Korraldusvalitsus, lk 107
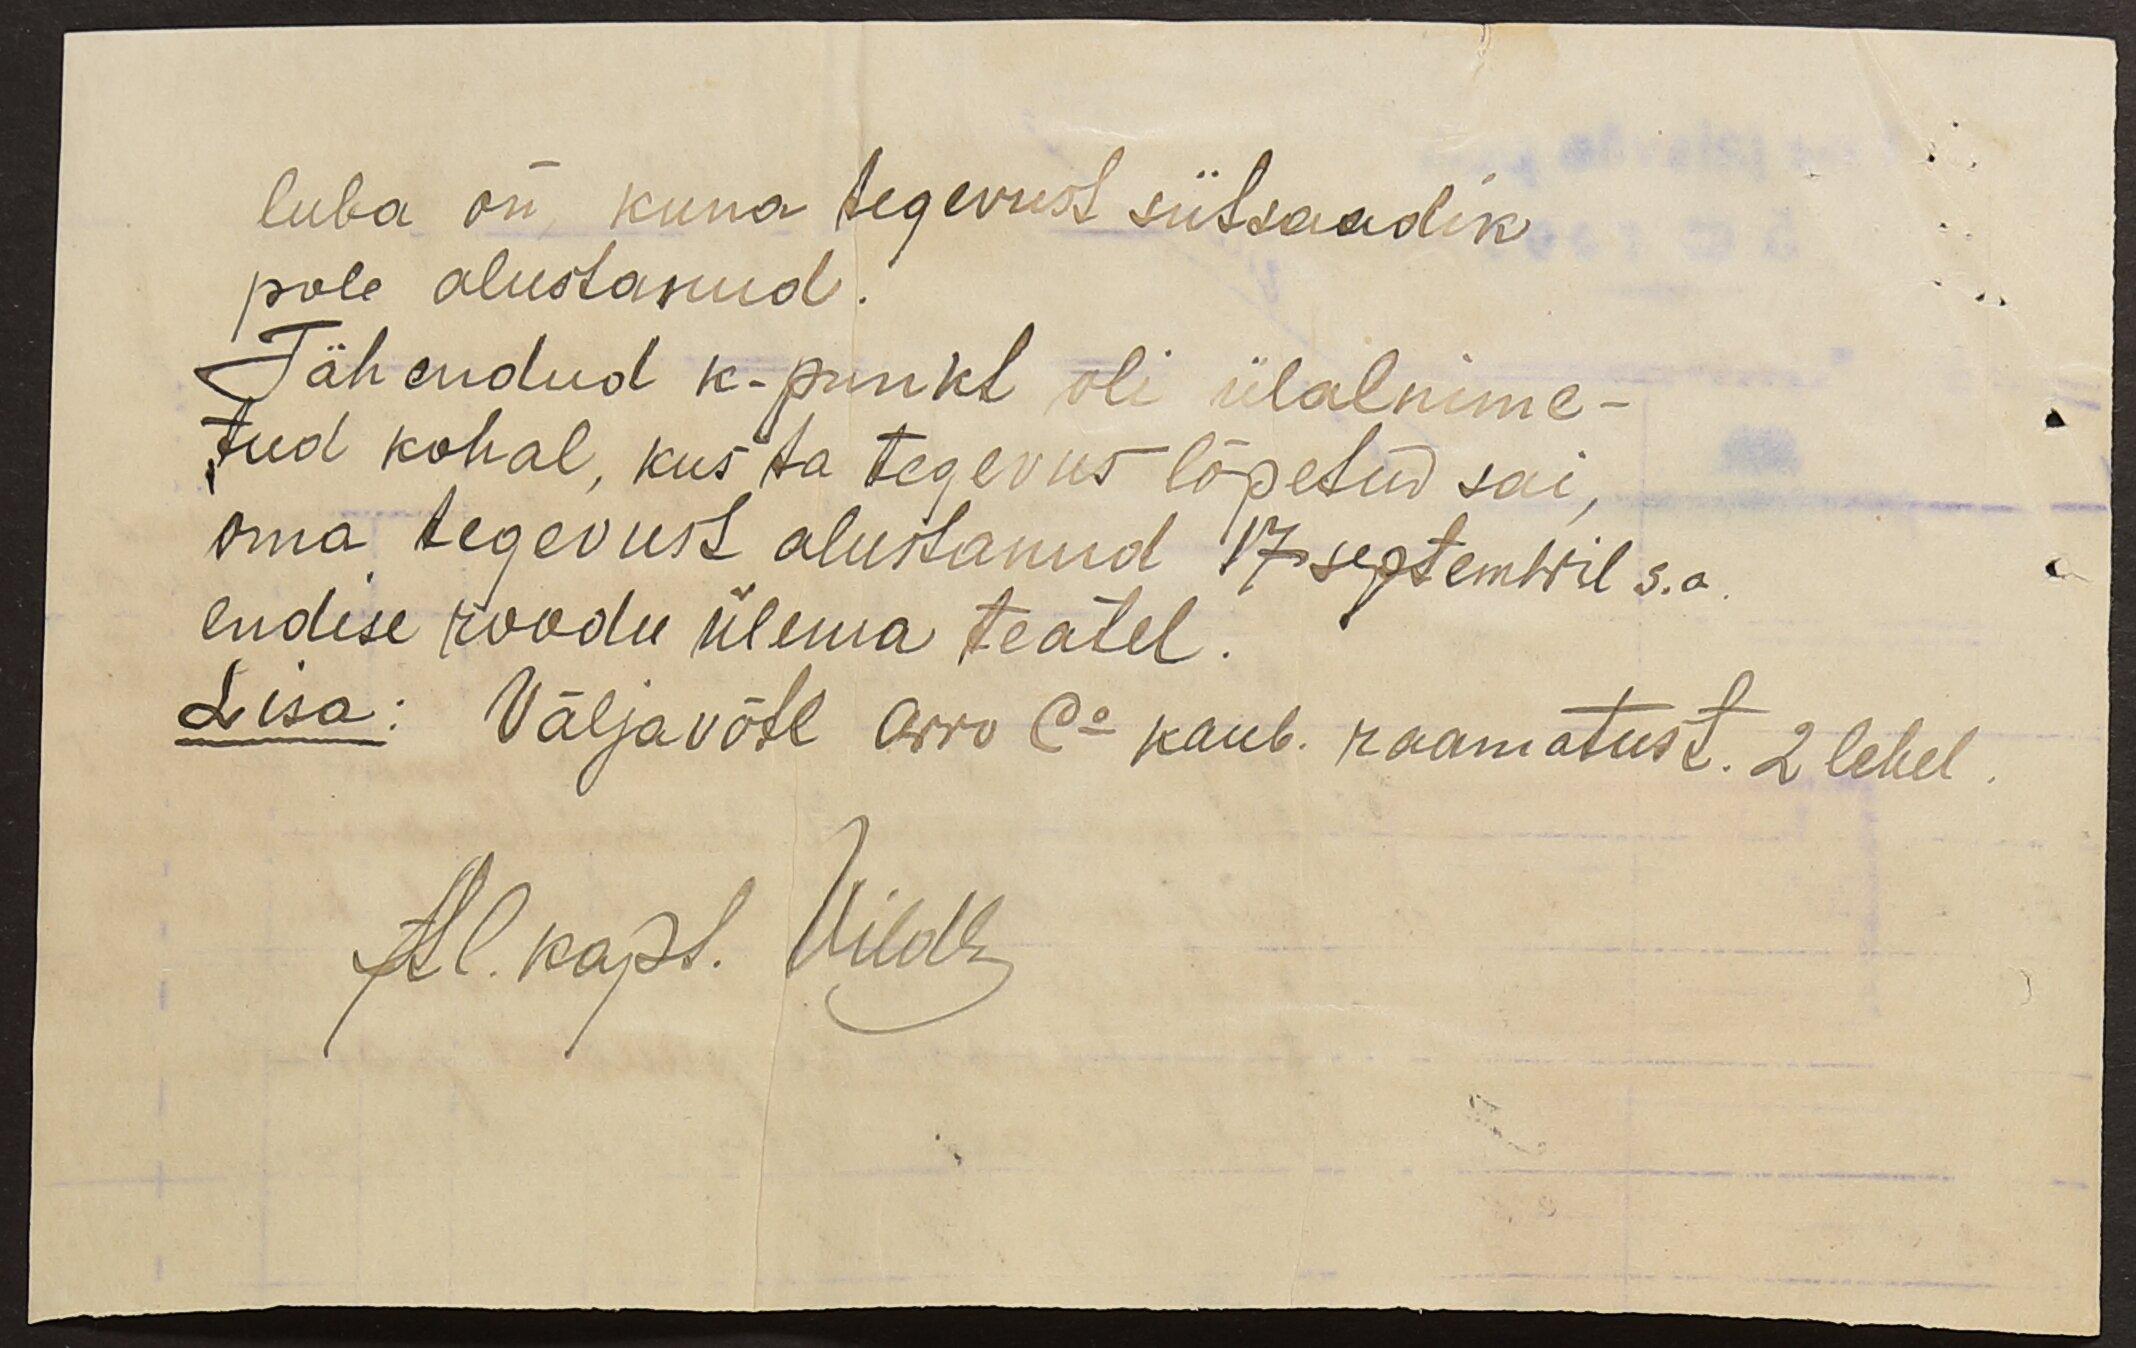
luba on kuna tegevust siitsaadik
pole alustanud.
Tähendud k-punkt oli ülalnime-
tud kohal, kus ta tegevus lõpetud sai
oma tegevust alustanud 17 septembril s.a.
endise roodu ülema teatel.
Lisa: Väljavõte Arro Co kaub. raamatust. 2 lehel.
Al. kapt. Vilde